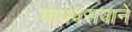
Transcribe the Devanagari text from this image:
माधवरावानें